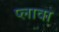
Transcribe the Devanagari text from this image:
प्लावा